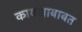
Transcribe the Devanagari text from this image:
कायद्याबाबत